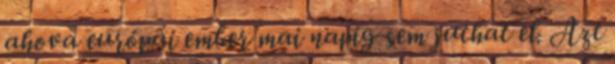
ahova európai ember mai napig sem juthat el. Azt